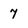
Character: 7